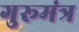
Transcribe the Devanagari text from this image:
गुरूमंत्र